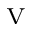
_ \textrm { V }